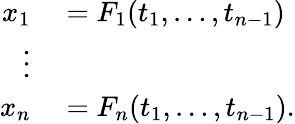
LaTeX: \begin{array}{rl}{x_{1}}&{{}=F_{1}(t_{1},\ldots,t_{n-1})}\\ {\vdots}&{{}}\\ {x_{n}}&{{}=F_{n}(t_{1},\ldots,t_{n-1}).}\end{array}